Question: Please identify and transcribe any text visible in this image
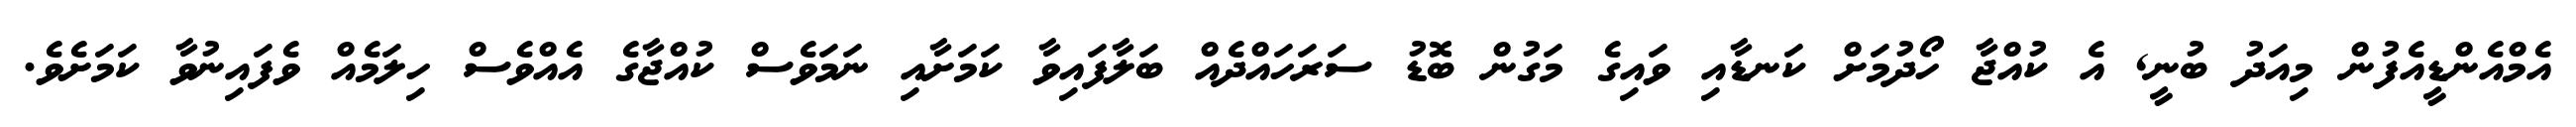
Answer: އެމްއެންޑީއެފުން މިއަދު ބުނީ, އެ ކުއްޖާ ހޯދުމަށް ކަނޑާއި ވައިގެ މަގުން ބޮޑު ސަރަހައްދެއް ބަލާފައިވާ ކަމަށާއި ނަމަވެސް ކުއްޖާގެ އެއްވެސް ހިލަމެއް ވެފައިނުވާ ކަމަށެވެ.